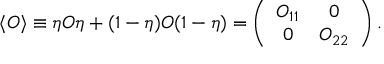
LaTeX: \langle O \rangle \equiv \eta O \eta + ( 1 - \eta ) O ( 1 - \eta ) = \left( \begin{array} { c c } { { O _ { 1 1 } } } & { { 0 } } \\ { { 0 } } & { { O _ { 2 2 } } } \end{array} \right) .